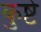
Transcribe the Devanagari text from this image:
कुष्टे